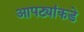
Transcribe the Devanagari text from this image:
आपट्यांकडे